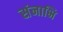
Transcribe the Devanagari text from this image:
संनाभि